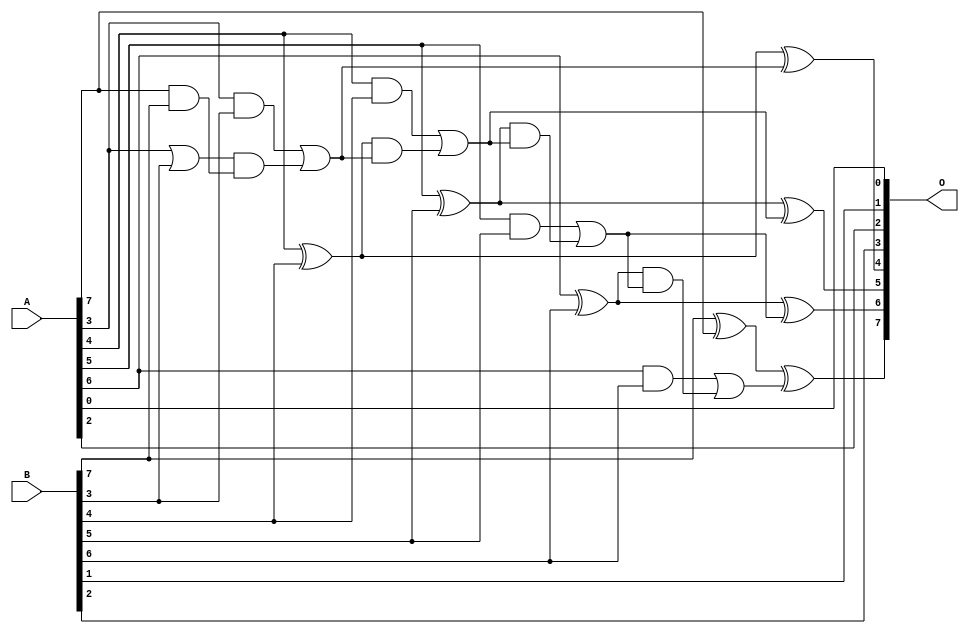
// This program was cloned from: https://github.com/ehw-fit/evoapproxlib
// License: MIT License

/***
* This code is a part of EvoApproxLib library (ehw.fit.vutbr.cz/approxlib) distributed under The MIT License.
* When used, please cite the following article(s): V. Mrazek, L. Sekanina, Z. Vasicek "Libraries of Approximate Circuits: Automated Design and Application in CNN Accelerators" IEEE Journal on Emerging and Selected Topics in Circuits and Systems, Vol 10, No 4, 2020 
* This file contains a circuit from a sub-set of pareto optimal circuits with respect to the pwr and wce parameters
***/
// MAE% = 3.75 %
// MAE = 4.8 
// WCE% = 9.38 %
// WCE = 12 
// WCRE% = 1100.00 %
// EP% = 93.75 %
// MRE% = 26.40 %
// MSE = 35 
// PDK45_PWR = 0.021 mW
// PDK45_AREA = 48.3 um2
// PDK45_DELAY = 0.45 ns

module add8s_6PM (
    A,
    B,
    O
);

input [7:0] A;
input [7:0] B;
output [7:0] O;

wire sig_20,sig_25,sig_28,sig_29,sig_30,sig_32,sig_33,sig_34,sig_35,sig_36,sig_37,sig_38,sig_39,sig_40,sig_41,sig_42,sig_43,sig_44,sig_45,sig_46;
wire sig_47,sig_49;

assign sig_20 = B[7] ^ A[7];
assign sig_25 = A[7] & B[7];
assign sig_28 = A[3] | B[3];
assign sig_29 = A[3] & B[3];
assign sig_30 = sig_28 & sig_25;
assign sig_32 = sig_29 | sig_30;
assign sig_33 = A[4] ^ B[4];
assign sig_34 = A[4] & B[4];
assign sig_35 = sig_33 & sig_32;
assign sig_36 = sig_33 ^ sig_32;
assign sig_37 = sig_34 | sig_35;
assign sig_38 = A[5] ^ B[5];
assign sig_39 = A[5] & B[5];
assign sig_40 = sig_38 & sig_37;
assign sig_41 = sig_38 ^ sig_37;
assign sig_42 = sig_39 | sig_40;
assign sig_43 = A[6] ^ B[6];
assign sig_44 = A[6] & B[6];
assign sig_45 = sig_43 & sig_42;
assign sig_46 = sig_43 ^ sig_42;
assign sig_47 = sig_44 | sig_45;
assign sig_49 = sig_20 ^ sig_47;

assign O[7] = sig_49;
assign O[6] = sig_46;
assign O[5] = sig_41;
assign O[4] = sig_36;
assign O[3] = B[2];
assign O[2] = A[2];
assign O[1] = B[1];
assign O[0] = A[0];

endmodule